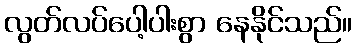
လွတ်လပ်ပေါ့ပါးစွာ နေနိုင်သည်။